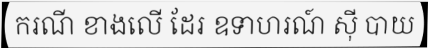
ករណី ខាងលើ ដែរ ឧទាហរណ៍ ស៊ី បាយ